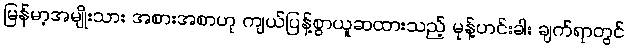
မြန်မာ့အမျိုးသား အစားအစာဟု ကျယ်ပြန့်စွာယူဆထားသည့် မုန့်ဟင်းခါး ချက်ရာတွင်